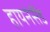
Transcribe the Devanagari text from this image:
हायनेसैंड